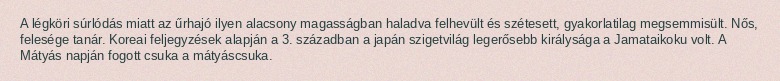
A légköri súrlódás miatt az űrhajó ilyen alacsony magasságban haladva felhevült és szétesett, gyakorlatilag megsemmisült. Nős, felesége tanár. Koreai feljegyzések alapján a 3. században a japán szigetvilág legerősebb királysága a Jamataikoku volt. A Mátyás napján fogott csuka a mátyáscsuka.